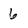
Character: 6